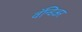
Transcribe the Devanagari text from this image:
वॅन्डिअर